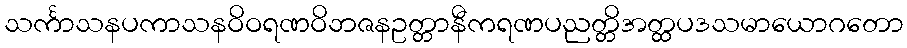
သင်္ကာသနပကာသနဝိဝရဏဝိဘဇနဥတ္တာနီကရဏပညတ္တိအတ္ထပဒသမာယောဂတော